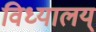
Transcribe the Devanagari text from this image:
विध्यालय्